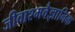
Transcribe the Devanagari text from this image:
जीवाश्मवैज्ञानिक